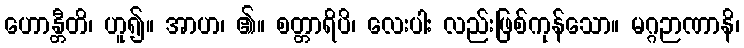
ဟောန္တီတိ၊ ဟူ၍။ အာဟ၊ ၏။ စတ္တာရိပိ၊ လေးပါး လည်းဖြစ်ကုန်သော။ မဂ္ဂဉာဏာနိ၊